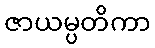
ဇာယမ္ပတိကာ